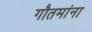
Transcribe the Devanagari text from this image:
गौतमांना